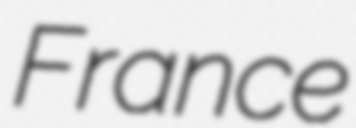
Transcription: France